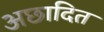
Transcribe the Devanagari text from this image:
अछादित